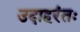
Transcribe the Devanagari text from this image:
उदाहरंतः